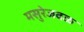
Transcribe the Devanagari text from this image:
मसुरेजवळ